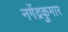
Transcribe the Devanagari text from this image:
नगेंद्रकुमार